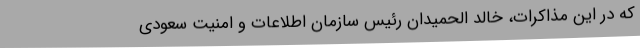
که در این مذاکرات، خالد الحمیدان رئیس سازمان اطلاعات و امنیت سعودی